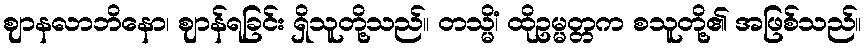
ဈာနလာဘိနော၊ ဈာန်ရခြင်း ရှိသူတို့သည်။ တသ္မိံ၊ ထိုဥမ္မတ္တက စသူတို့၏ အဖြစ်သည်။